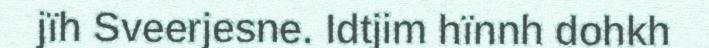
jïh Sveerjesne. Idtjim hïnnh dohkh